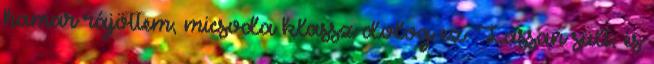
hamar rájöttem, micsoda klassz dolog ez. Lassan sült, és